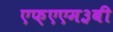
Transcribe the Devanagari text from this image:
एफ़एएम३बी